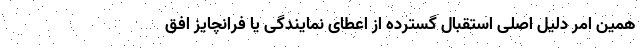
همین امر دلیل اصلی استقبال گسترده از اعطای نمایندگی یا فرانچایز افق